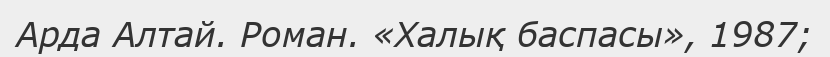
Арда Алтай. Роман. «Халық баспасы», 1987;